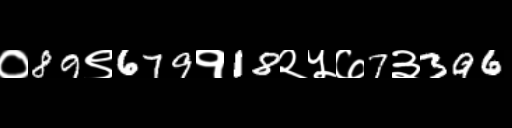
Text: ०89९679१18२५७7३396